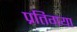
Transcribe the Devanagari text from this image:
प्रतिगया